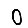
Digit: 0